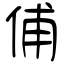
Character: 俌